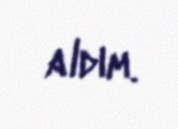
aldım.